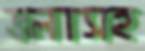
জলাসহ